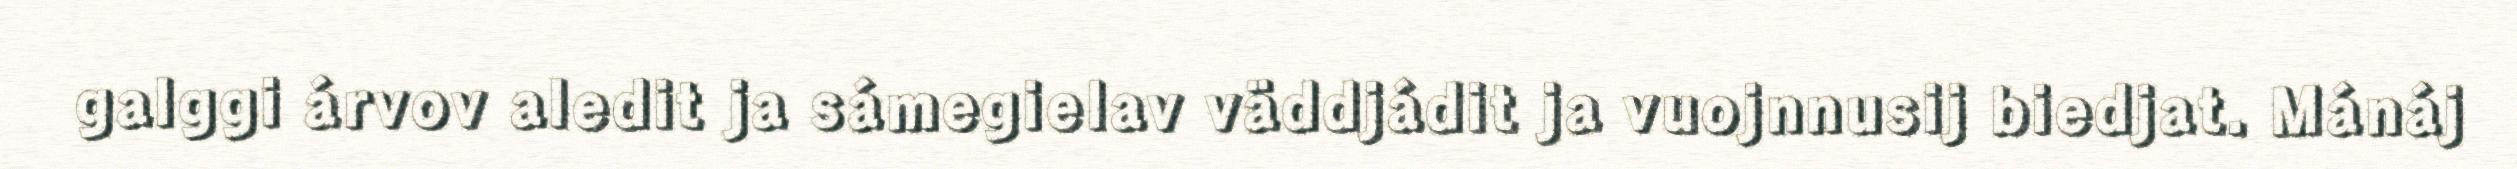
galggi árvov aledit ja sámegielav väddjádit ja vuojnnusij biedjat. Mánáj